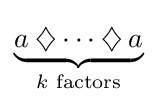
\underbrace {a\mathbin {\diamondsuit } \cdots \mathbin {\diamondsuit } a} _{k{\text{ factors}}}